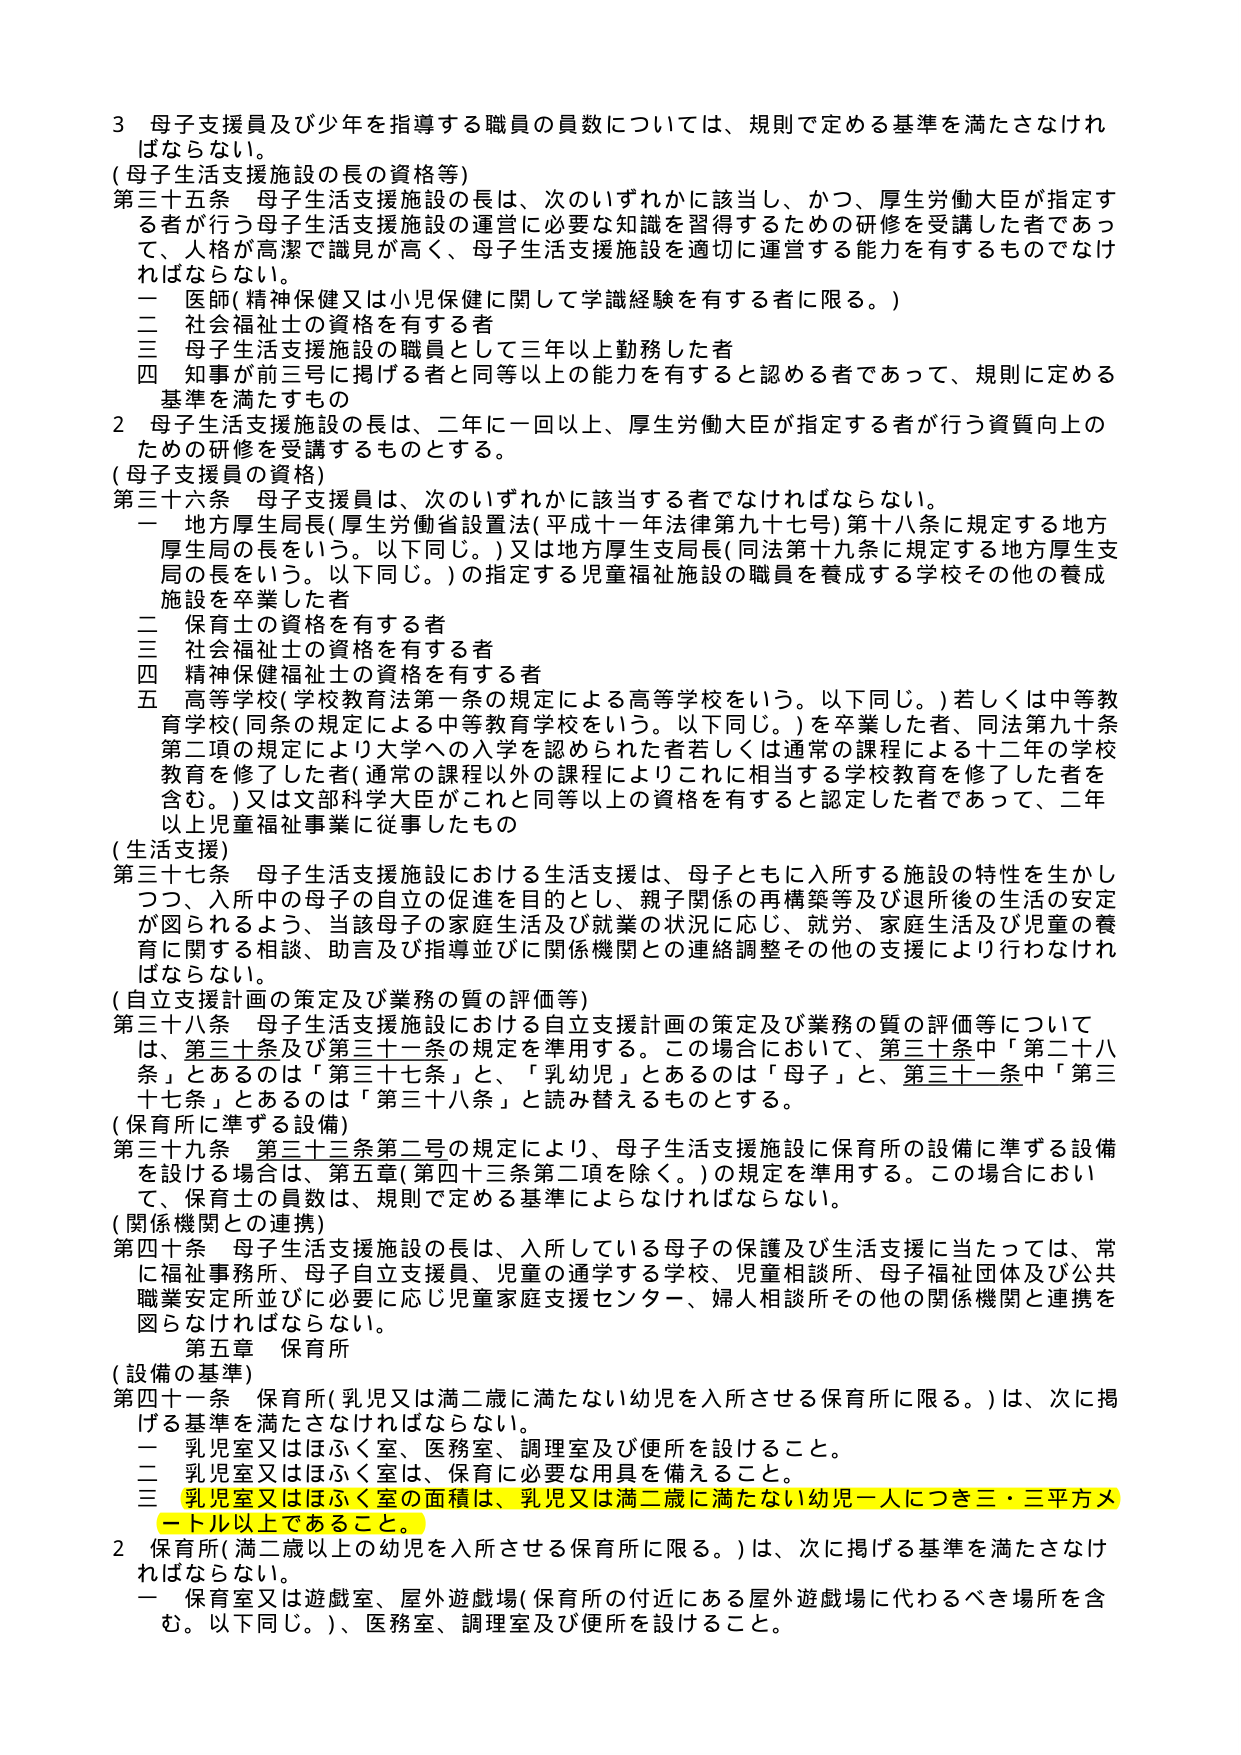
3 母子支援員及び少年を指導する職員の員数については、規則で定める基準を満たさなければならな い。

(母子生活支援施設の長の資格等)
第三十五条 母子生活支援施設の長は、次のいずれかに該当し、かつ、厚生労働大臣が指定する者が行う母子生活支援施設の運営に必要な知識を習得するための研修を受講した者であって、人格が高潔で識見が高く、母子生活支援施設を適切に運営する能力を有するものでなければならない。
一 医師(精神保健又は小児保健に関して学識経験を有する者に限る。)
二 社会福祉士の資格を有する者
三 母子生活支援施設の職員として三年以上勤務した者
四 知事が前三号に掲げる者と同等以上の能力を有すると認める者であって、規則に定める基準を満たすもの

2 母子生活支援施設の長は、二年に一回以上、厚生労働大臣が指定する者が行う資質向上のための研修を受講するものとする。

(母子支援員の資格)
第三十六条 母子支援員は、次のいずれかに該当する者でなければならない。
一 地方厚生局長(厚生労働省設置法(平成十一年法律第九十七号)第十八条に規定する地方厚生局の長をいう。以下同じ。)又は地方厚生支局長(同法第十九条に規定する地方厚生支局の長をいう。以下同じ。)の指定する児童福祉施設の職員を養成する学校その他の養成施設を卒業した者
二 保育士の資格を有する者
三 社会福祉士の資格を有する者
四 精神保健福祉士の資格を有する者
五 高等学校(学校教育法第一条の規定による高等学校をいう。以下同じ。)若しくは中等教育学校(同条の規定による中等教育学校をいう。以下同じ。)を卒業した者、同法第九十条第二項の規定により大学への入学を認められた者若しくは通常の課程による十二年の学校教育を修了した者(通常の課程以外の課程によりこれに相当する学校教育を修了した者を含む。)又は文部科学大臣がこれと同等以上の資格を有すると認定した者であって、二年以上児童福祉事業に従事したもの

(生活支援)
第三十七条 母子生活支援施設における生活支援は、母子ともに入所する施設の特性を生かしつつ、入所中の母子の自立の促進を目的とし、親子関係の再構築等及び退所後の生活の安定が図られるよう、当該母子の家庭生活及び就業の状況に応じ、就労、家庭生活及び児童の養育に関する相談、助言及び指導並びに関係機関との連絡調整その他の支援により行わなければならない。

(自立支援計画の策定及び業務の質の評価等)
第三十八条 母子生活支援施設における自立支援計画の策定及び業務の質の評価等については、第三十条及び第三十一条の規定を準用する。この場合において、第三十条中「第二十八条」とあるのは「第三十七条」と、「乳幼児」とあるのは「母子」と、第三十一条中「第三十七条」とあるのは「第三十八条」と読み替えるものとする。

(保育所に準ずる設備)
第三十九条 第三十三条第二号の規定により、母子生活支援施設に保育所の設備に準ずる設備を設ける場合は、第五章(第四十三条第二項を除く。)の規定を準用する。この場合において、保育士の員数は、規則で定める基準によらなければならない。

(関係機関との連携)
第四十条 母子生活支援施設の長は、入所している母子の保護及び生活支援に当たっては、常に福祉事務所、母子自立支援員、児童の通学する学校、児童相談所、母子福祉団体及び公共職業安定所並びに必要に応じ児童家庭支援センター、婦人相談所その他の関係機関と連携を図らなければならない。

第五章 保育所

(設備の基準)
第四十一条 保育所(乳児又は満二歳に満たない幼児を入所させる保育所に限る。)は、次に掲げる基準を満たさなければならない。
一 乳児室又はほふく室、医務室、調理室及び便所を設けること。
二 乳児室又はほふく室は、保育に必要な用具を備えること。
三 乳児室又はほふく室の面積は、乳児又は満二歳に満たない幼児一人につき三・三平方メートル以上であること。

2 保育所(満二歳以上の幼児を入所させる保育所に限る。)は、次に掲げる基準を満たさなければならない。
一 保育室又は遊戯室、屋外遊戯場(保育所の付近にある屋外遊戯場に代わるべき場所を含む。以下同じ。)、医務室、調理室及び便所を設けること。